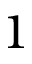
1